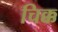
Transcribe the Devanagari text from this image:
चिक्क